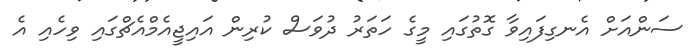
ސަންއަށް އެނގިފައިވާ ގޮތުގައި މީގެ ހަތަރު ދުވަސް ކުރިން އައިޖީއެމްއެޗްގައި ވިހެއި އެ